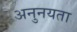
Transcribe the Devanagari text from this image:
अनुनयता